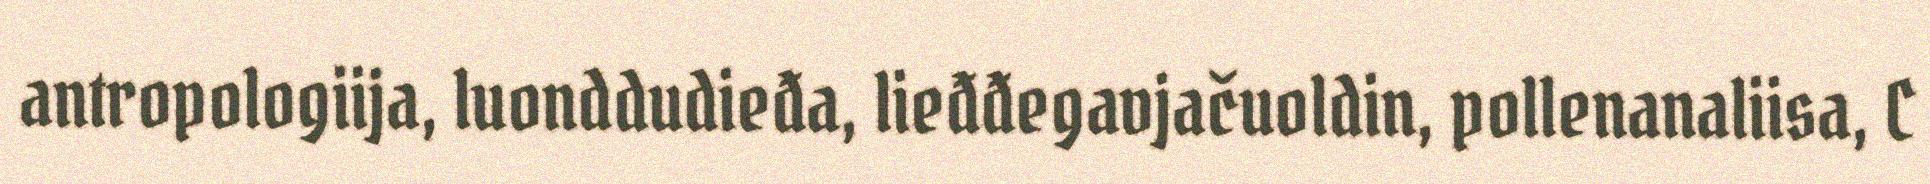
antropologiija, luonddudieđa, lieđđegavjačuoldin, pollenanaliisa, C